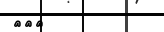
١٠٠